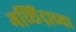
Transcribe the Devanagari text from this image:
मच्छिंद्राच्या